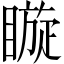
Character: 䁢